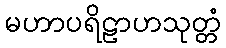
မဟာပရိဠာဟသုတ္တံ